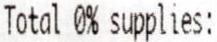
TOTAL 0% SUPPLIES: